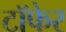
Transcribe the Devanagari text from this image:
टाॅफेर